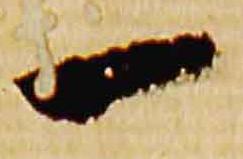
一